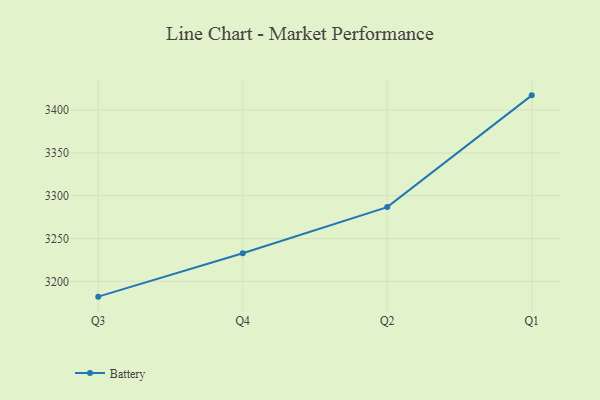
{"axis": {"x": "Quarter", "y": "Production Output"}, "legend": ["Battery"], "data": [{"x": "Q3", "y": 3182.1, "type": "Battery"}, {"x": "Q4", "y": 3232.8, "type": "Battery"}, {"x": "Q2", "y": 3286.7, "type": "Battery"}, {"x": "Q1", "y": 3417.2, "type": "Battery"}]}